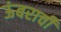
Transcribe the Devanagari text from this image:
ऊंबराची